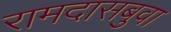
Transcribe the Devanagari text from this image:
रामदासबुवा